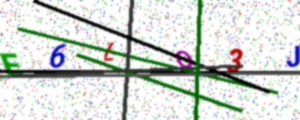
Text: E6LQ3J